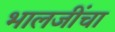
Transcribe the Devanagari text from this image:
भालजींचा